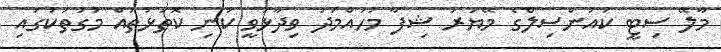
މާލޭ ސިޓީ ކައުންސިލްގެ މޭޔަރު ޝިފާ މުހައްމަދު ވިދާޅުވީ ކުނި ކޮތަޅުތައް މަގުތަކުގައި